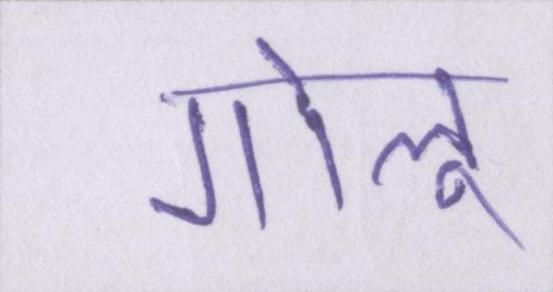
गोलू